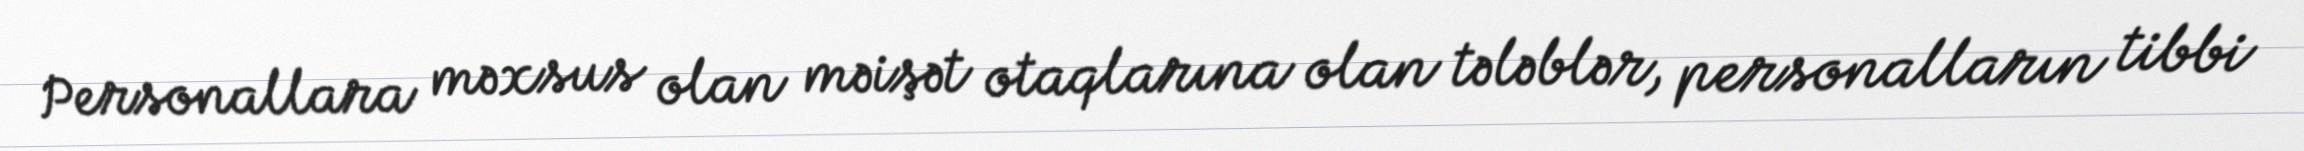
Personallara məxsus olan məişət otaqlarına olan tələblər, personalların tibbi